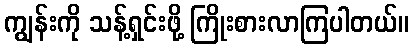
ကျွန်းကို သန့်ရှင်းဖို့ ကြိုးစားလာကြပါတယ်။